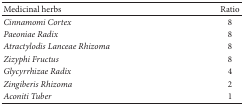
<table><thead><tr><td><b>Medicinal herbs</b></td><td><b>Ratio</b></td></tr></thead><tbody><tr><td><i>Cinnamomi Cortex </i></td><td>8</td></tr><tr><td><i>Paeoniae Radix </i></td><td>8</td></tr><tr><td><i>Atractylodis Lanceae Rhizoma </i></td><td>8</td></tr><tr><td><i>Zizyphi Fructus </i></td><td>8</td></tr><tr><td><i>Glycyrrhizae Radix </i></td><td>4</td></tr><tr><td><i>Zingiberis Rhizoma </i></td><td>2</td></tr><tr><td><i>Aconiti Tuber </i></td><td>1</td></tr></tbody></table>